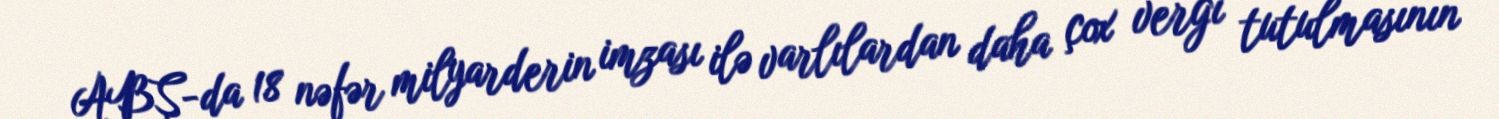
ABŞ-da 18 nəfər milyarderin imzası ilə varlılardan daha çox vergi tutulmasının